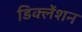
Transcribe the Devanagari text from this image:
डिक्लेंशन